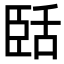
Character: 𬛥